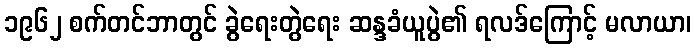
၁၉၆၂ စက်တင်ဘာတွင် ခွဲရေးတွဲရေး ဆန္ဒခံယူပွဲ၏ ရလဒ်ကြောင့် မလာယာ၊